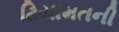
ટિયામતની